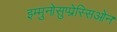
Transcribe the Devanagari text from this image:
इम्मुनोसुप्प्रेस्सिओन